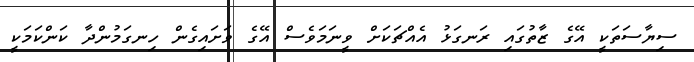
ސިޔާސަތަކީ އޭގެ ޒާތުގައި ރަނގަޅު އެއްޗަކަށް ވީނަމަވެސް އޭގެ ވަށައިގެން ހިނގަމުންދާ ކަންކަމަކީ